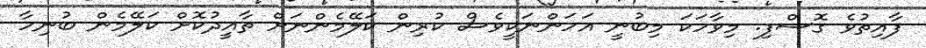
ފާއިތުވެ ގޮސްފި. މިވާހަކަ މިބުނީ އަހަންނަކީވެސް ކުރިން ކަލޭމެންނަށް ތާއީދުކޮށް ކަލޭމެން ބުނިހާ